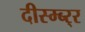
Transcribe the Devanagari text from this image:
दीस्म्ब्र्‍र